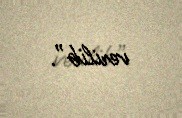
verilib”.